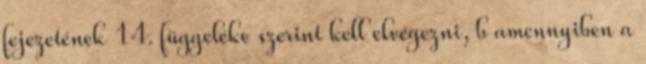
fejezetének 14. függeléke szerint kell elvégezni, b amennyiben a